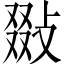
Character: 敠